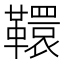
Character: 𩍡